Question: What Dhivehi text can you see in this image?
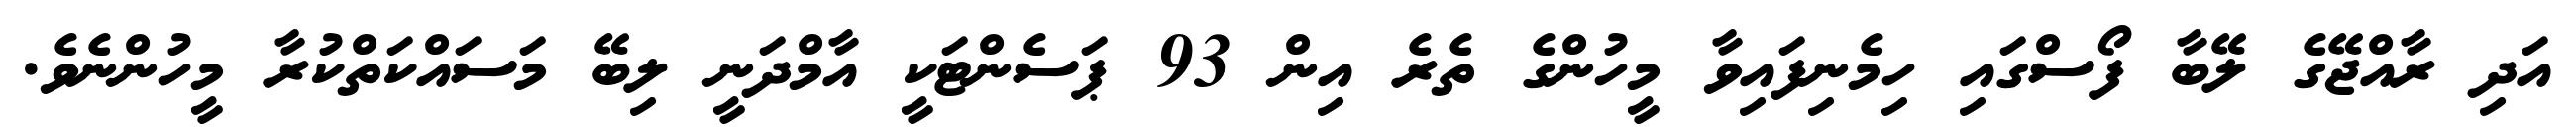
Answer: އަދި ރާއްޖޭގެ ލޭބާ ފޯސްގައި ހިމެނިފައިވާ މީހުންގެ ތެރެ އިން 93 ޕަސެންޓަކީ އާމްދަނީ ލިބޭ މަސައްކަތްކުރާ މީހުންނެވެ.